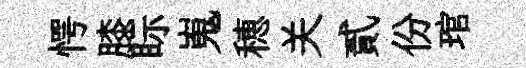
愕膝眎嵬穂关貳份琯